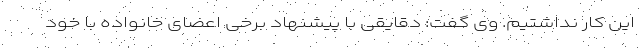
این کار نداشتیم. وی گفت: دقایقی با پیشنهاد برخی اعضای خانواده با خود